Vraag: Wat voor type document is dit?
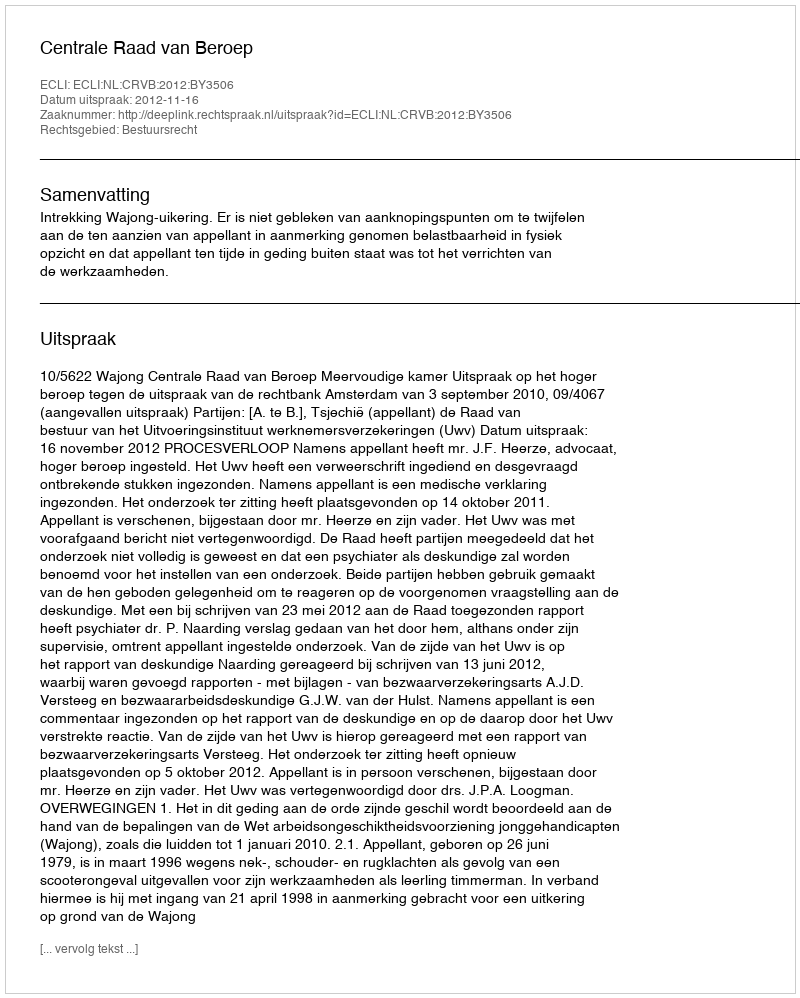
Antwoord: Uitspraak